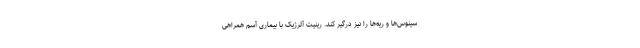
سینوس‌ها و ریه‌ها را نیز درگیر کند. رینیت آلرژیک با بیماری آسم همراهی